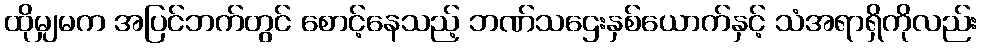
ထိုမျှမက အပြင်ဘက်တွင် စောင့်နေသည့် ဘဏ်သဌေးနှစ်ယောက်နှင့် သံအရာရှိကိုလည်း